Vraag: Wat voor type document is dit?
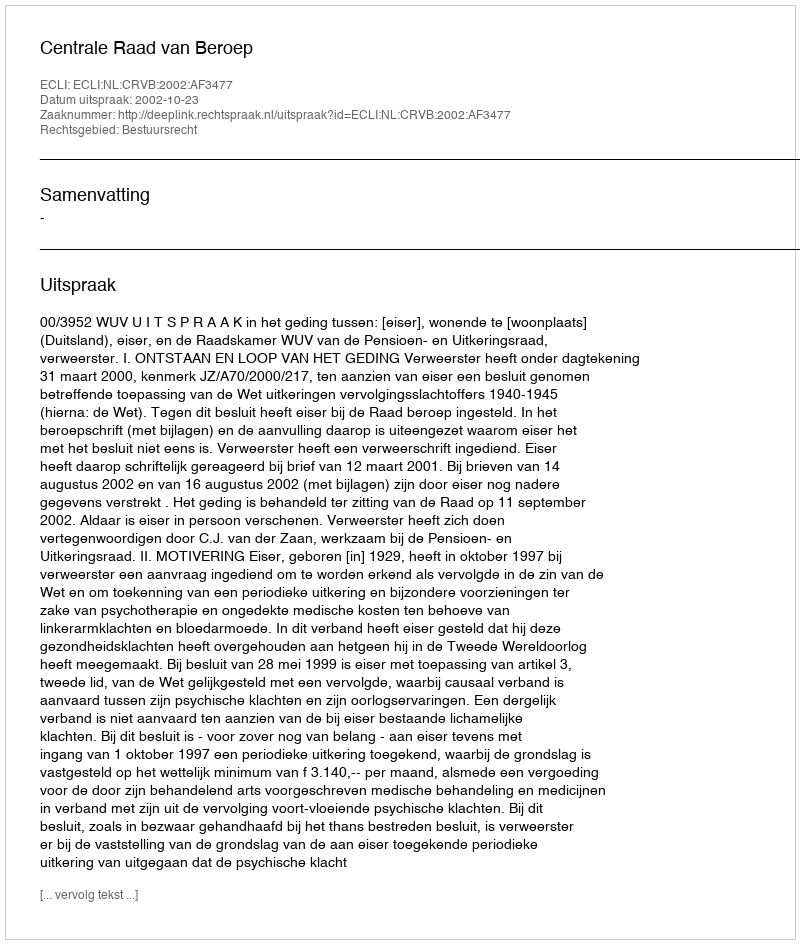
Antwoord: Uitspraak